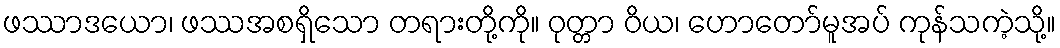
ဖဿာဒယော၊ ဖဿအစရှိသော တရားတို့ကို။ ဝုတ္တာ ဝိယ၊ ဟောတော်မူအပ် ကုန်သကဲ့သို့။